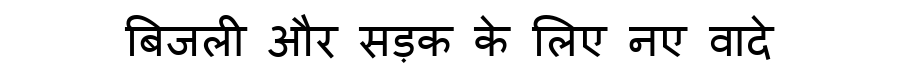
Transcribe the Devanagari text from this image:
बिजली और सड़क के लिए नए वादे